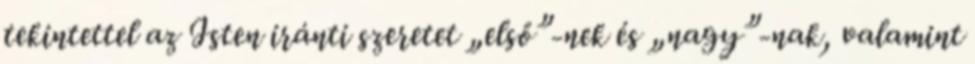
tekintettel az Isten iránti szeretet „első”-nek és „nagy”-nak, valamint